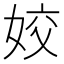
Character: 姣